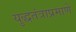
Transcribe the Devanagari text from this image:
युद्धतंत्राप्रमाणे